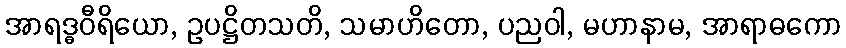
အာရဒ္ဓဝီရိယော, ဥပဋ္ဌိတသတိ, သမာဟိတော, ပညဝါ, မဟာနာမ, အာရာဓကော